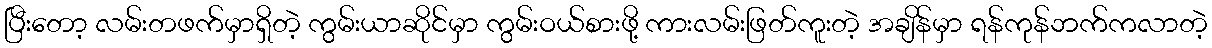
ပြီးတော့ လမ်းတဖက်မှာရှိတဲ့ ကွမ်းယာဆိုင်မှာ ကွမ်းဝယ်စားဖို့ ကားလမ်းဖြတ်ကူးတဲ့ အချိန်မှာ ရန်ကုန်ဘက်ကလာတဲ့